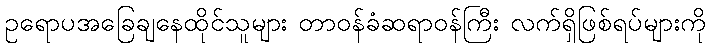
ဥရောပအခြေချနေထိုင်သူများ တာဝန်ခံဆရာဝန်ကြီး လက်ရှိဖြစ်ရပ်များကို